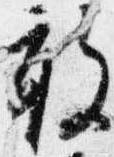
被